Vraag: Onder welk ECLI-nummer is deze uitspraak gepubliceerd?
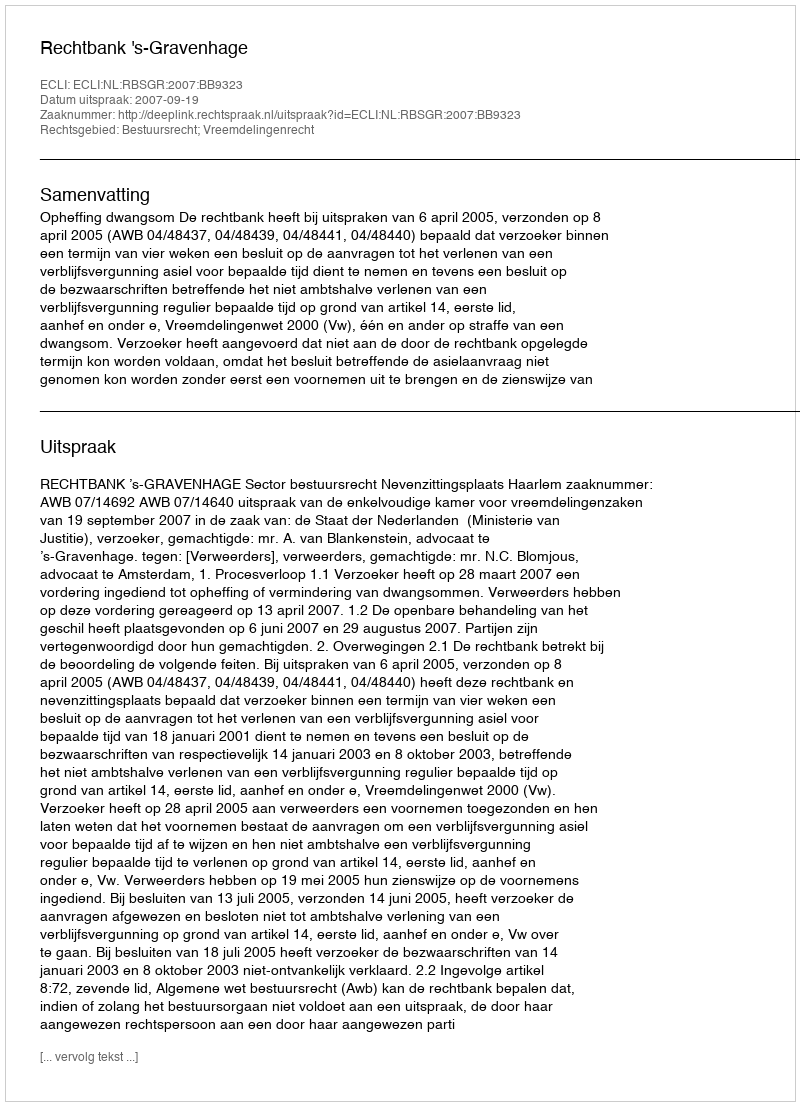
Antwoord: ECLI:NL:RBSGR:2007:BB9323